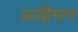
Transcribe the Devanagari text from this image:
आह्रिमान